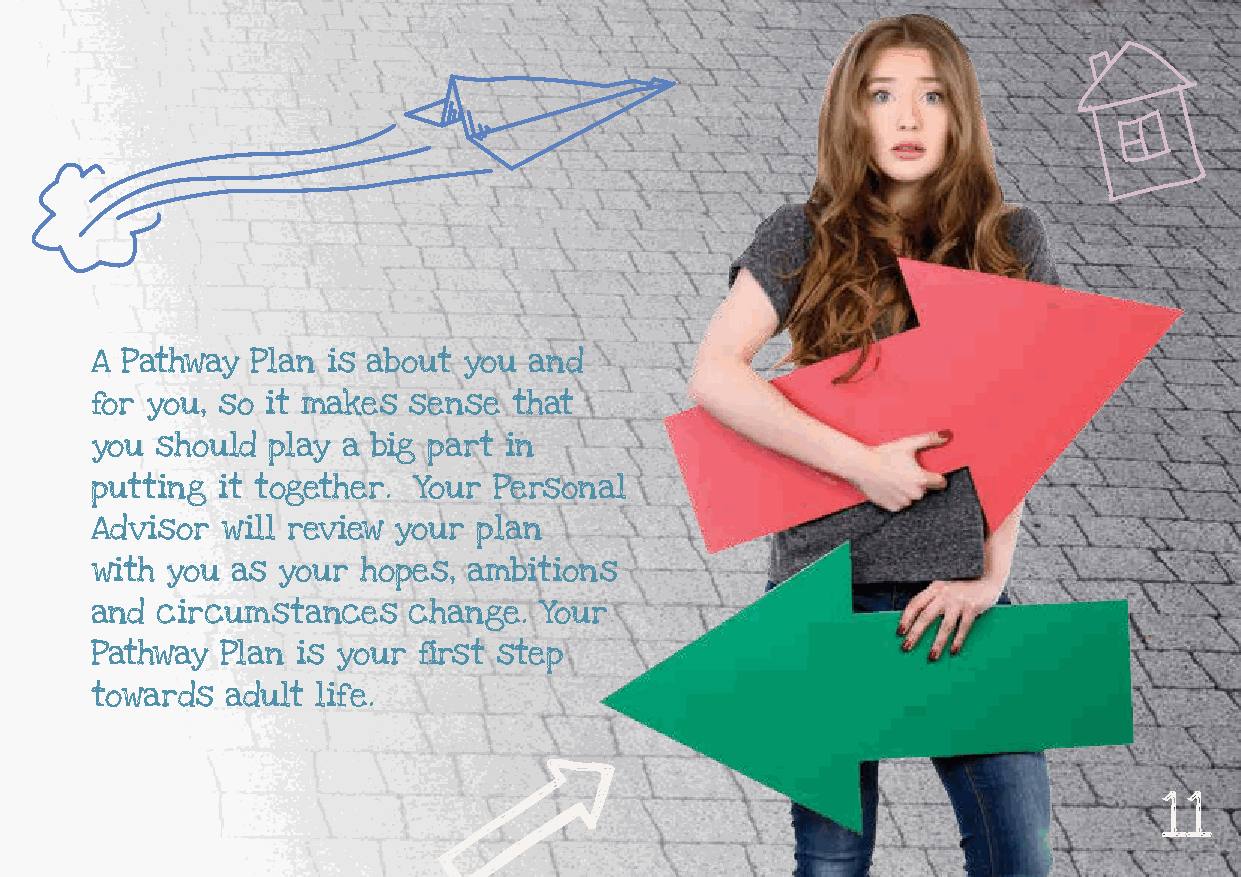
A Pathway  Plan is about you and
 for you, so it makes sense  that
 you should  play a big part in
 putting it together. Your  Personal
 Advisor  will review your plan
 with you as your  hopes, ambitions
 and circumstances    change.  Your
 Pathway  Plan is your first step
 towards  adult life.
 11